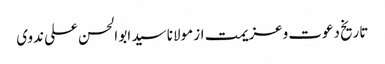
تاریخ دعوت وعزیمت از مولانا سید ابو الحسن علی ندوی